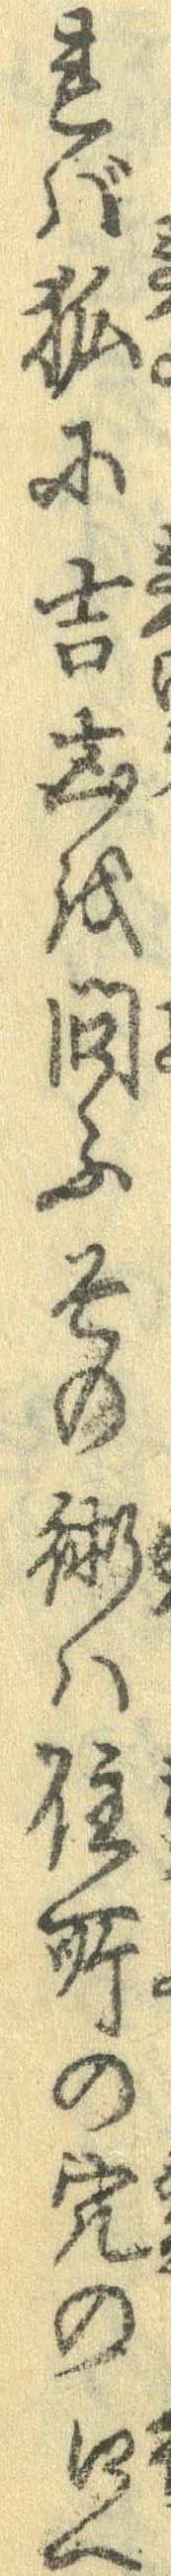
れば狐に吉凶を問ふその術は住所の穴の口へ